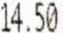
14.50